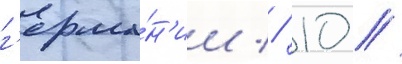
г'ерма́н'ии // 10 //